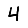
Digit: 4